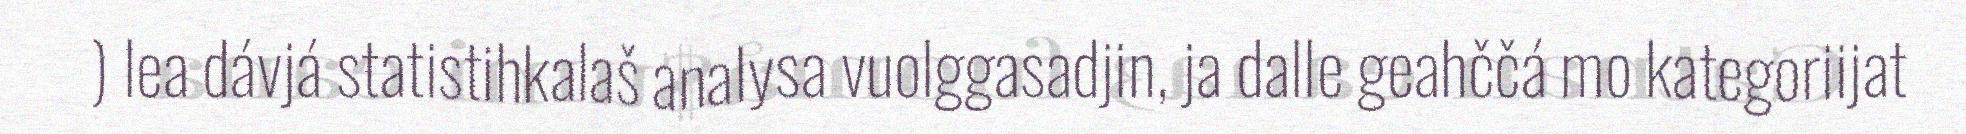
) lea dávjá statistihkalaš analysa vuolggasadjin, ja dalle geahččá mo kategoriijat